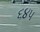
૬૪૫